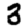
Digit: 3